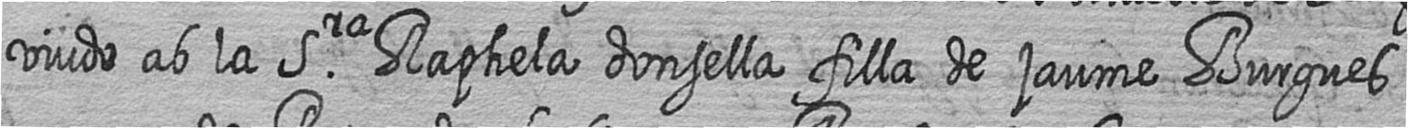
viudo ab la Sra Raphela donsella filla de jaume Burgues